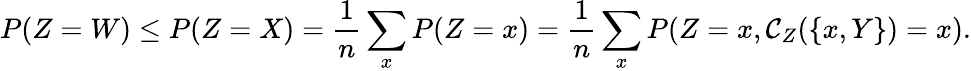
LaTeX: P(Z=W)\leq P(Z=X)=\frac{1}{n}\sum_{x}P(Z=x)=\frac{1}{n}\sum_{x}P(Z=x,\mathcal{C}_{Z}(\{ x,Y\} )=x).